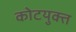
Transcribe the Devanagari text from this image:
कोटयुक्त